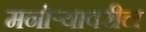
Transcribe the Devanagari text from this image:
मनोऱ्यावरील